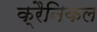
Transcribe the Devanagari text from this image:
क्रैनिकल